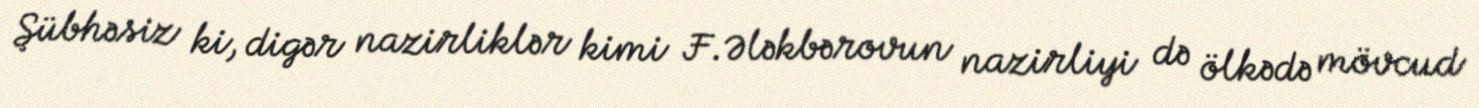
Şübhəsiz ki, digər nazirliklər kimi F.Ələkbərovun nazirliyi də ölkədə mövcud